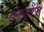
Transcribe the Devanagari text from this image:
इनफ़रेंस